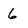
Character: 6